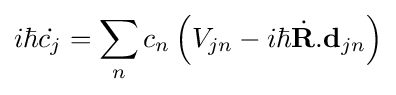
i\hbar {\dot {c_{j}}}=\sum _{n}c_{n}\left(V_{jn}-i\hbar {\dot {\mathbf {R} }}.\mathbf {d} _{jn}\right)